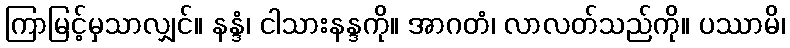
ကြာမြင့်မှသာလျှင်။ နန္ဒံ၊ ငါသားနန္ဒကို။ အာဂတံ၊ လာလတ်သည်ကို။ ပဿာမိ၊